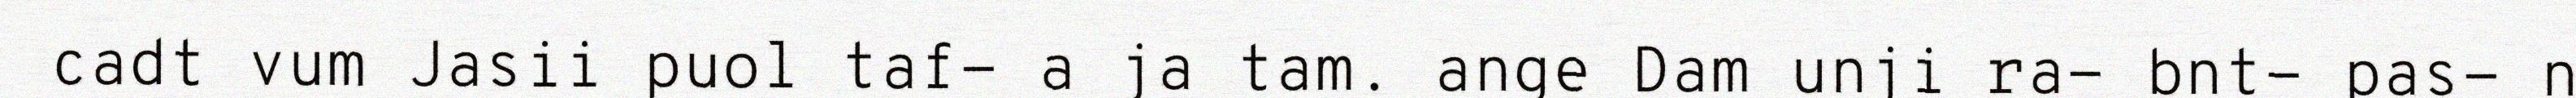
cadt vum Jasii puol taf- a ja tam. ange Dam unji ra- bnt- pas- n